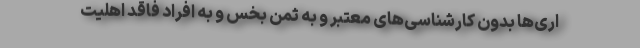
اری‌ها بدون کارشناسی‌های معتبر و به ثمن بخس و به افراد فاقد اهلیت